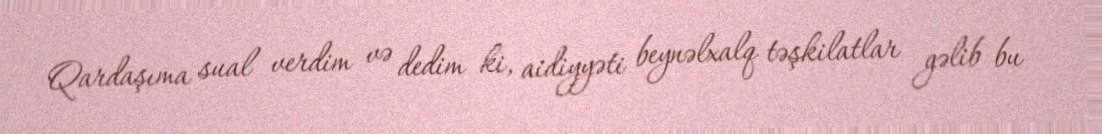
Qardaşıma sual verdim və dedim ki, aidiyyəti beynəlxalq təşkilatlar gəlib bu